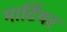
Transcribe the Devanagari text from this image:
मार्टियर